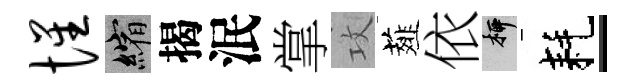
惺縮揭泯掌攻薤依柳耗-